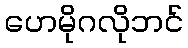
ဟေမိုဂလိုဘင်